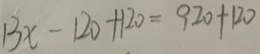
1 3 x - 1 2 0 + 1 2 0 = 9 2 0 + 1 2 0